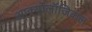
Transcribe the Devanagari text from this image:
आर्क्योलॉजिकल